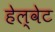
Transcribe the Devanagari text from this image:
हेल्वेट